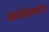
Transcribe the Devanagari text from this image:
व्याचेस्लावोव्ना